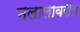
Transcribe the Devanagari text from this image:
मलालावरील